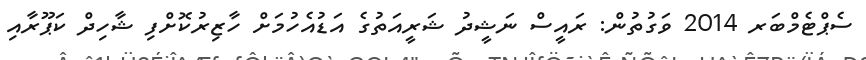
ސެޕްޓެމްބަރ 2014 ވަގުތުން: ރައީސް ނަޝީދު ޝަރީއަތުގެ އަޑުއެހުމަށް ހާޒިރުކޮށްފި ޝާހިދް ކަޕޫރާއި